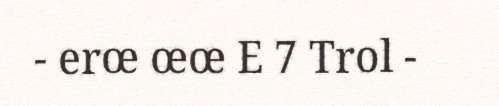
- erœ œœ E 7 Trol -